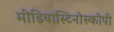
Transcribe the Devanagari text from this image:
मीडियास्टिनोस्कोपी